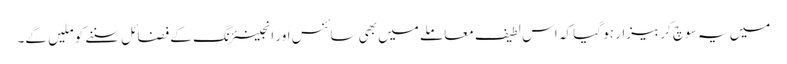
میں یہ سوچ کر بیزار ہو گیا کہ اس لطیف معاملے میں بھی سائنس اور انجینئرنگ کے فضائل سننے کو ملیں گے۔